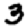
Digit: 3